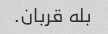
بله قربان.